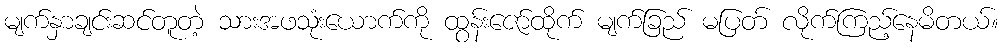
မျက်နှာချင်းဆင်တူတဲ့ သားအဖသုံးယောက်ကို ထွန်းဇော်ထိုက် မျက်ခြည် မပြတ် လိုက်ကြည့်နေမိတယ်။